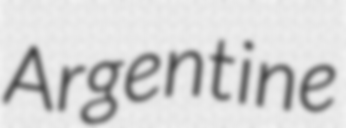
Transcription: Argentine